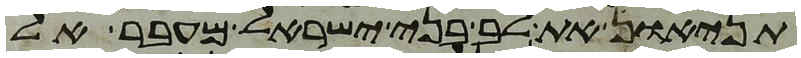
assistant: תניאו את לב בני ישראל מעבר אל